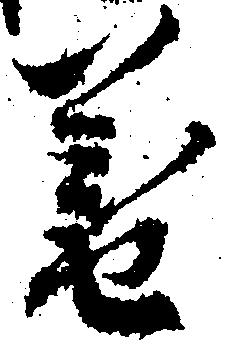
暮